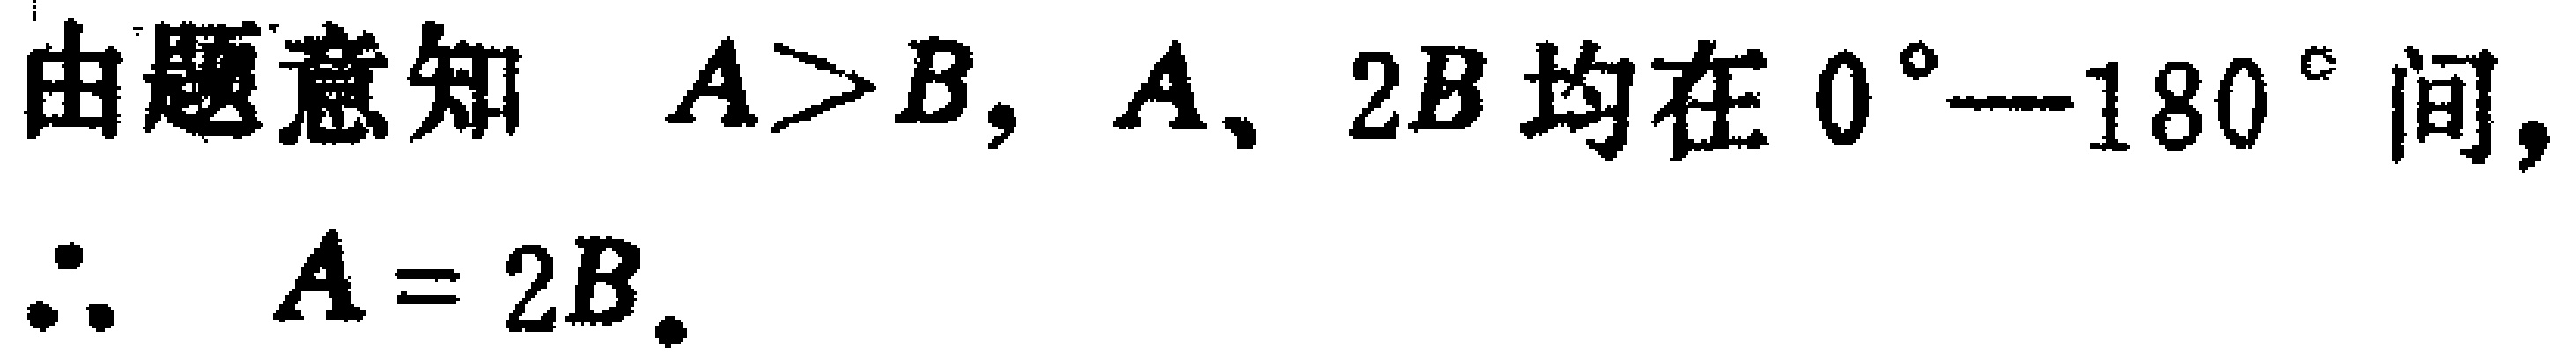
由题意知 \(A > B, A, 2B\) 均在 \(0^{\circ}-180^{\circ}\) 间,

\(\therefore A = 2B.\)